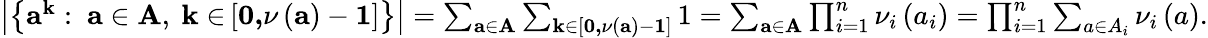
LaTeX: \begin{array}{r}{\left\vert\left\{ \mathbf{a}^{\mathbf{k}}:\mathrm{~}\mathbf{a\in A}\mathrm{,~}\mathbf{k\in}\left[\mathbf{0,}\nu\left(\mathbf{a}\right)-\mathbf{1}\right]\right\} \right\vert=\sum_{\mathbf{a\in A}}\sum_{\mathbf{k\in}\left[\mathbf{0,}\nu\left(\mathbf{a}\right)-\mathbf{1}\right]}1=\sum_{\mathbf{a\in A}}\prod_{i=1}^{n}\nu_{i}\left(a_{i}\right)=\prod_{i=1}^{n}\sum_{a\in A_{i}}\nu_{i}\left(a\right).}\end{array}